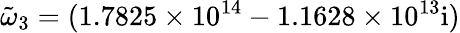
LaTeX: \tilde{\omega}_{3}=(1.7825\times 10^{14}-1.1628\times 10^{13}\mathrm{{i})}